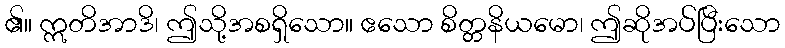
၏။ ဣတိအာဒိ၊ ဤသို့အစရှိသော။ ဧသော စိတ္တနိယမော၊ ဤဆိုအပ်ပြီးသော